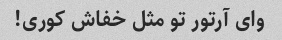
وای آرتور تو مثل خفاش کوری!